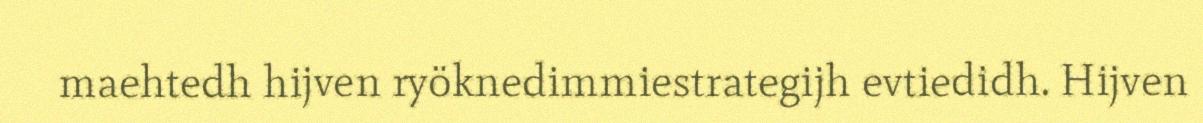
maehtedh hijven ryöknedimmiestrategijh evtiedidh. Hijven